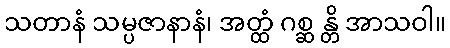
သတာနံ သမ္ပဇာနာနံ၊ အတ္ထံ ဂစ္ဆ န္တိ အာသဝါ။